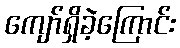
ကျော်ရှိခဲ့ကြောင်း